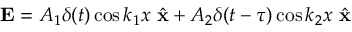
{ \bf E } = A _ { 1 } \delta ( t ) \cos k _ { 1 } x \ \hat { \bf x } + A _ { 2 } \delta ( t - \tau ) \cos k _ { 2 } x \ \hat { \bf x }